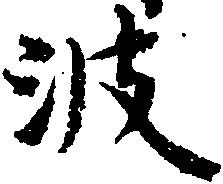
波